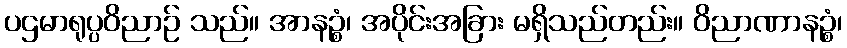
ပဌမာရုပ္ပဝိညာဉ် သည်။ အာနဉ္စံ၊ အပိုင်းအခြား မရှိသည်တည်း။ ဝိညာဏာနဉ္စံ၊